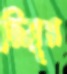
জিয়ুস